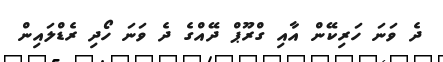
ދެ ވަނަ ހަރިކޭން އާއި ގްރޫޕް ދޭއްގެ ދެ ވަނަ ހޯދި ރެޑްލައިން